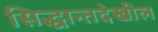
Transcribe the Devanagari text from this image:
सिद्धान्तदेखील